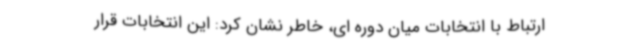
ارتباط با انتخابات میان دوره ای، خاطر نشان کرد: این انتخابات قرار